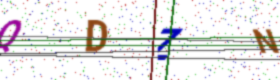
Text: QDZN